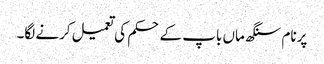
پرنام سنگھ ماں باپ کے حکم کی تعمیل کرنے لگا۔